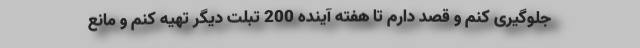
جلوگیری کنم و قصد دارم تا هفته آینده 200 تبلت دیگر تهیه کنم و مانع